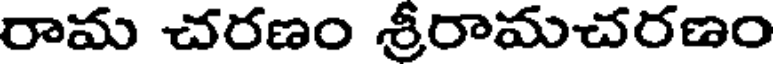
రామ చరణం శ్రీరామచరణం